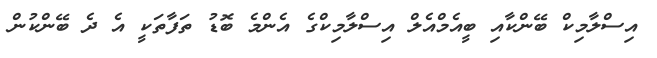
އިސްލާމިކް ބޭންކާއި ބީއެމްއެލް އިސްލާމިކްގެ އެންމެ ބޮޑު ތަފާތަކީ އެ ދެ ބޭންކުން